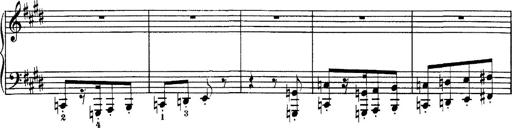
Title: Hungarian Rhapsody No.1
Composer: Franz Liszt
Key: C-sharp minor